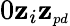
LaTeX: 0\le z_{i}\le z_{{\scriptscriptstyle pd}}